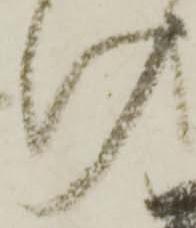
け